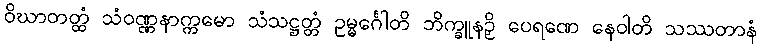
ဝိဃာတတ္ထံ သံဝဏ္ဏနာက္ကမော သံသဋ္ဌတ္တံ ဥမ္မင်္ဂေါတိ ဘိက္ခူနဉှိ ပေရဏေ နေဝါတိ သဿတာနံ